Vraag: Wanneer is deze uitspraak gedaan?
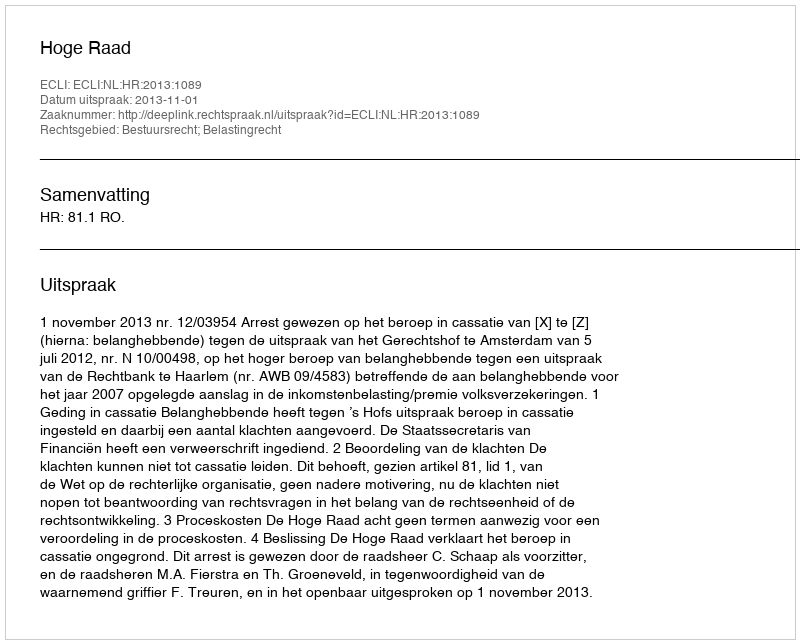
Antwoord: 2013-11-01